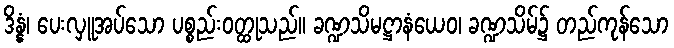
ဒိန္နံ၊ ပေးလှူအပ်သော ပစ္စည်းဝတ္ထုသည်။ ခဏ္ဍသိမဋ္ဌာနံယေဝ၊ ခဏ္ဍသိမ်၌ တည်ကုန်သော